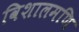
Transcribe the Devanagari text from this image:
विशालमणि